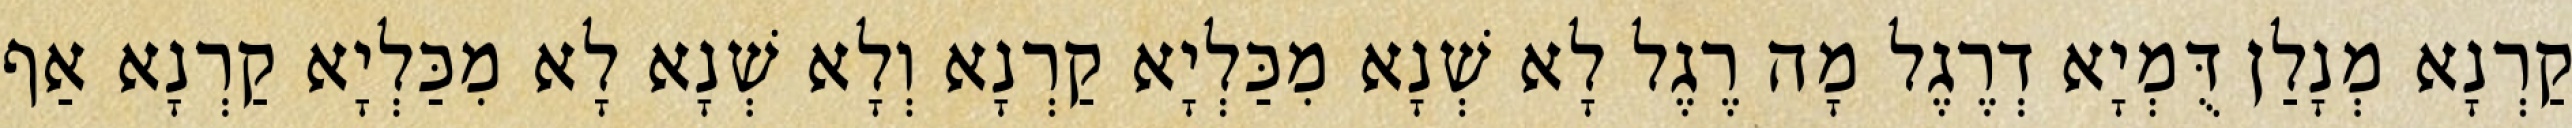
קַרְנָא מְנָלַן דֻּמְיָא דְרֶגֶל מָה רֶגֶל לָא שְׁנָא מִכַּלְיָא קַרְנָא וְלָא שְׁנָא לָא מִכַּלְיָא קַרְנָא אַף